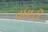
વધારી